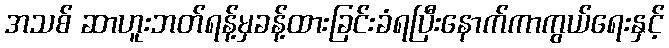
အသစ် ဆာဟူးဘတ်ရန့်မှခန့်ထားခြင်းခံရပြီးနောက်ကာကွယ်ရေးနှင့်